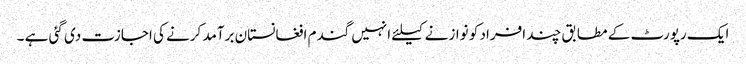
ایک رپورٹ کے مطابق چند افراد کو نوازنے کیلئے انہیں گندم افغانستان برآمد کرنے کی اجازت دی گئی ہے ۔